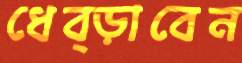
ধেব্‌ড়াবেন